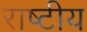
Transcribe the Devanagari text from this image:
राष्‍टीय